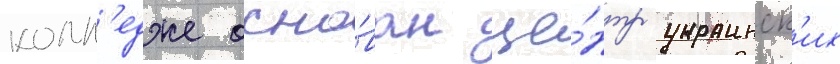
колл'едже осно́ван це́нтр украинск'их